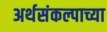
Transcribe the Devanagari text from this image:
अर्थसंकल्पाच्या